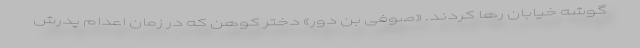
گوشه خیابان رها کردند. «صوفی بن دور» دختر کوهن که در زمان اعدام پدرش